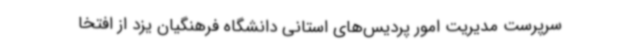
سرپرست مدیریت امور پردیس‌های استانی دانشگاه فرهنگیان یزد از افتخا